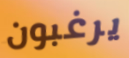
يرغبون